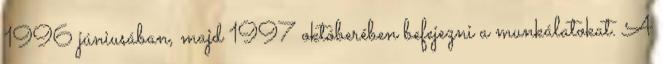
1996 júniusában, majd 1997 októberében befejezni a munkálatokat. A